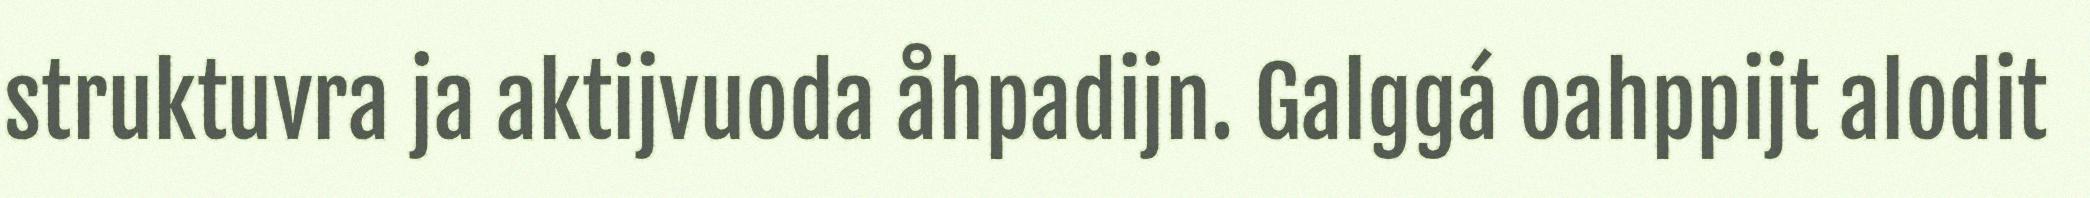
struktuvra ja aktijvuoda åhpadijn. Galggá oahppijt alodit